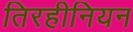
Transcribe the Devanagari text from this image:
तिरहीनियन